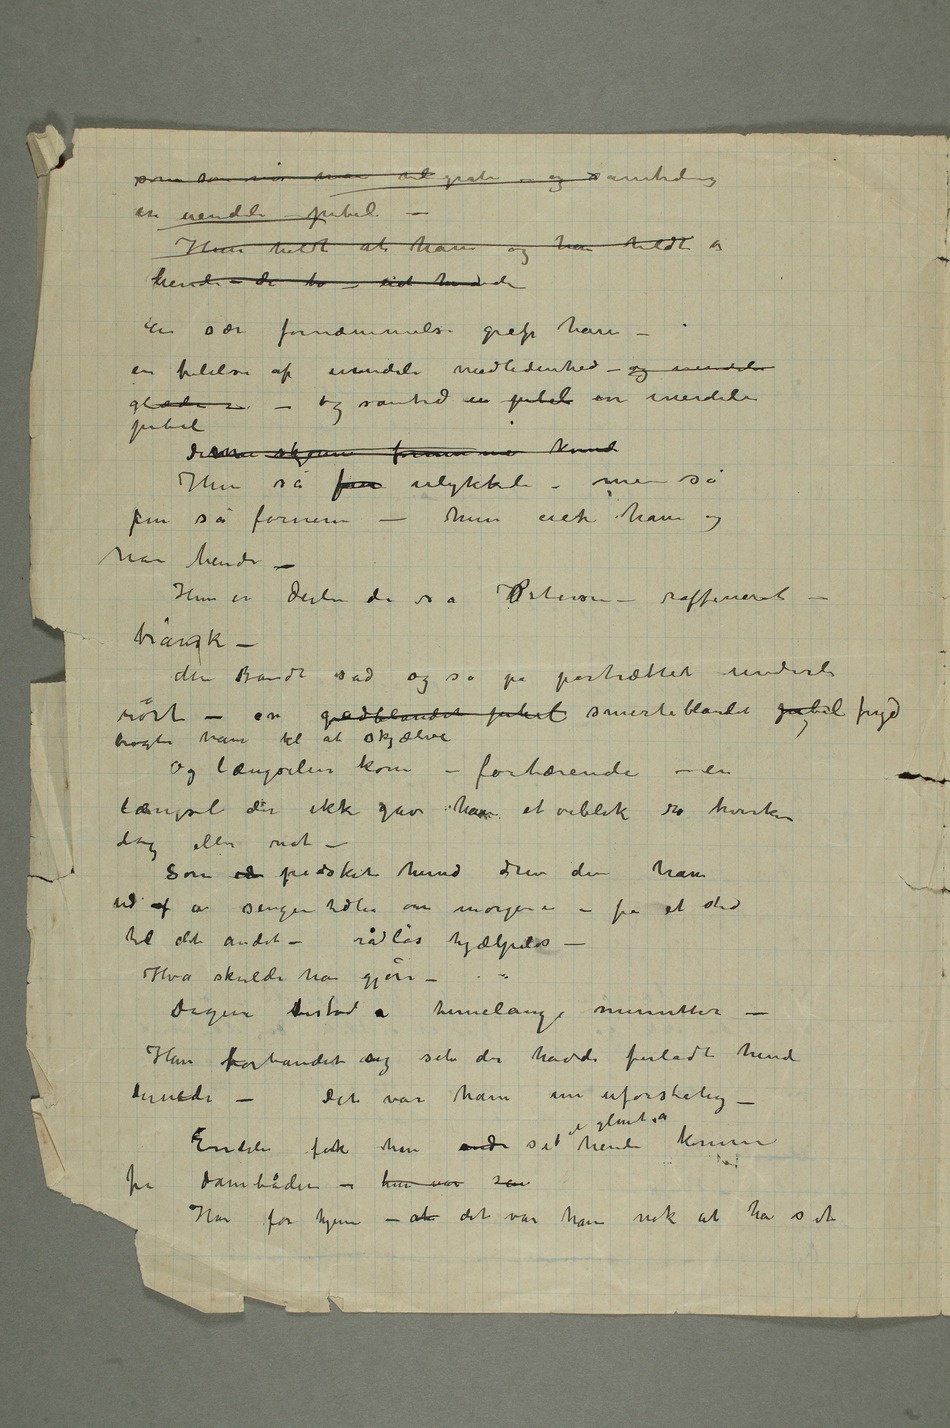
sån som når man vil gråte – og samtidig
en uendeli jubel –
Hun holdt at ham og han holdt a
hende – de to – eiet hinanden
En sær fornæmmelse grep ham –
en følelse af uendeli medlidenhed – og uendeli
glæde – og samtid en jubel en uendeli
jubel
Detnne skjønne fornemme kvinde
Hun så fin ulykkeli – men så
fin så fornem – hun eiet ham og
han hende
– Hun er deili de sa Petersen – raffineret –
bråvak –
Men Brandt sad og så på portrættet underli
bragte ham til at skjælve
Og længselen kom – fortærende – en
længsel der ikke gav ham et øieblik ro hverken
dag eller nat –
Som etn pidsket hund drev den ham
ud af a sengen tidli om morgenen – fra et sted
til det andet – rådløs hjælpeløs
– Hva skulde han gjøre –
Dagen bestod a timelange minutter
– Han forbandet sig selv der havde forladt hende
dernede – Det var ham nu uforstålig
– Endeli fik han ende set et glimt a hende komme
fra dambåden – hun var sen
Han for hjem – at det var ham nok at ha set